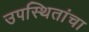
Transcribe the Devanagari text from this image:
उपस्थितांचा